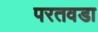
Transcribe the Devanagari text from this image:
परतवडा